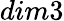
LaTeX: dim3